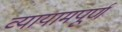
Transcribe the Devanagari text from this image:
व्यायामपूर्ण